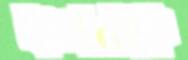
ফলনকে